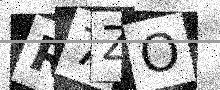
Text: R7ZO